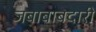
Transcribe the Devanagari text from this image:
जबाबाबदारी